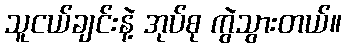
သူငယ်ချင်းနဲ့ အုပ်စု ကွဲသွားတယ်။